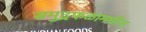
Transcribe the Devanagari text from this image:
समुद्रफळामधील